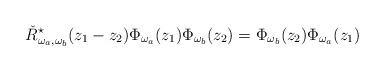
LaTeX: \begin{align*}\check R^\star_{\omega_a,\omega_b}(z_1-z_2)\Phi_{\omega_a}(z_1)\Phi_{\omega_b}(z_2)=\Phi_{\omega_b}(z_2)\Phi_{\omega_a}(z_1)\end{align*}